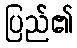
ပြည်၏